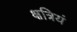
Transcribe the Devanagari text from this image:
क्षत्रियं